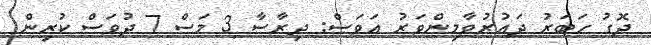
ދޮގު ހަބަރު ދައުރުވާމިންވަރު އަވަސް: ދިރާސާ 3 މަސް 7 ދުވަސް ކުރިން